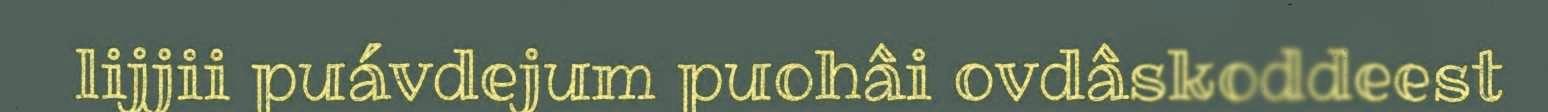
lijjii puávdejum puohâi ovdâskoddeest